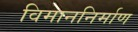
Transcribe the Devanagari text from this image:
विमाननिर्माण